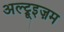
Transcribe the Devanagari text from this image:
अल्ट्रूइज़म